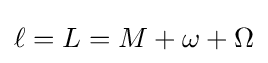
\ell =L=M+\omega +\Omega